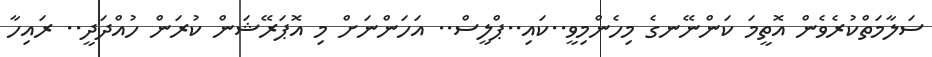
ސަލާމަތްކުރެވެން އޮތީމަ ކަންނޭނގެ މިހެންމިވީ..ކައި..ޕްލީސް.. އަހަންނަށް މި އޮޕަރޭޝަން ކުރަން ހުއްދަދީ.. ރައިހާ